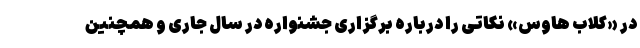
در «کلاب‌ هاوس» نکاتی را درباره برگزاری جشنواره در سال جاری و همچنین